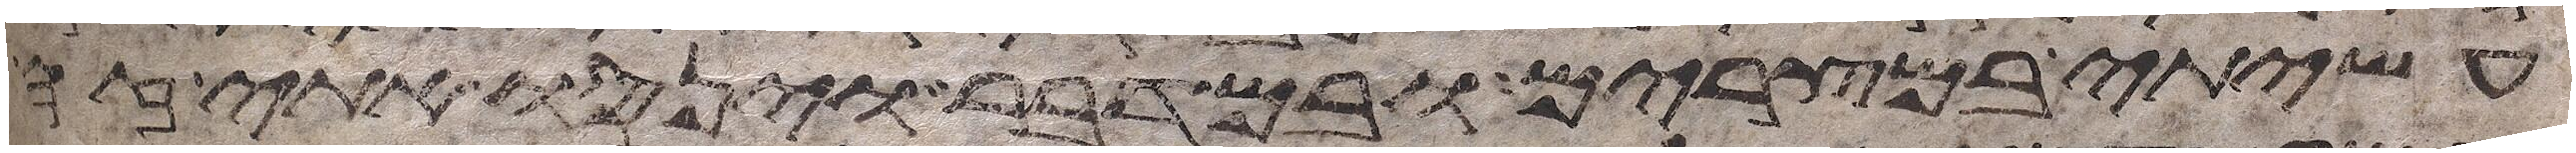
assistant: עשיתי במצרים ובמדבר וינסו אתי זה